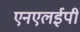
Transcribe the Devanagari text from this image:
एनएलईपी